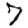
Digit: 7